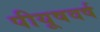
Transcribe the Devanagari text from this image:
पीयूषवर्ष